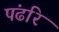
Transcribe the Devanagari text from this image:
पंढरि